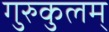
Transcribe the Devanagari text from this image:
गुरुकुलम्